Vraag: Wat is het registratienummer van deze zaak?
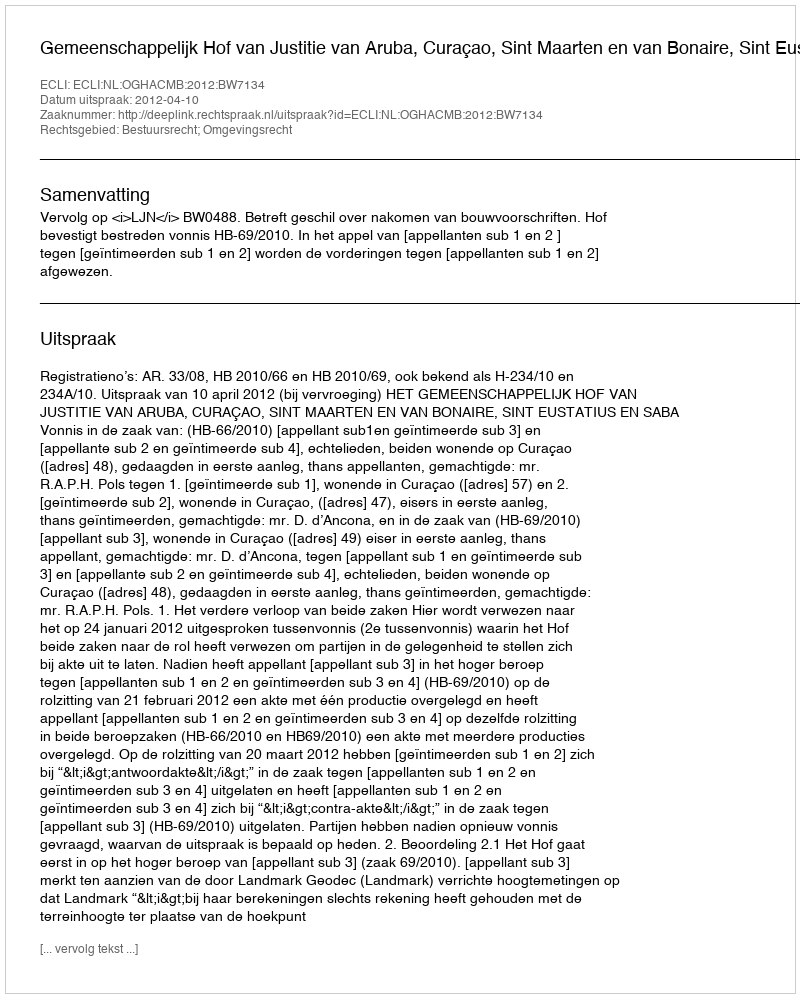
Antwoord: http://deeplink.rechtspraak.nl/uitspraak?id=ECLI:NL:OGHACMB:2012:BW7134